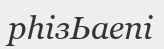
рһізЬаепі